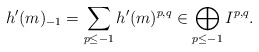
\begin{align*}h'(m)_{-1} = \sum_{p \leq -1} h'(m)^{p,q} \in \bigoplus_{p \leq -1} I^{p,q}.\end{align*}